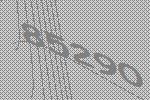
85290